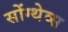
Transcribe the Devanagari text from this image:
सोंग्थेव्स